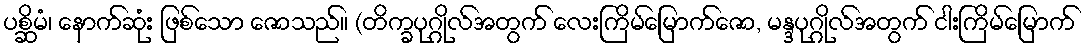
ပစ္ဆိမံ၊ နောက်ဆုံး ဖြစ်သော ဇောသည်။ (တိက္ခပုဂ္ဂိုလ်အတွက် လေးကြိမ်မြောက်ဇော, မန္ဒပုဂ္ဂိုလ်အတွက် ငါးကြိမ်မြောက်